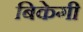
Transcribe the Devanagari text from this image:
बिकेगी